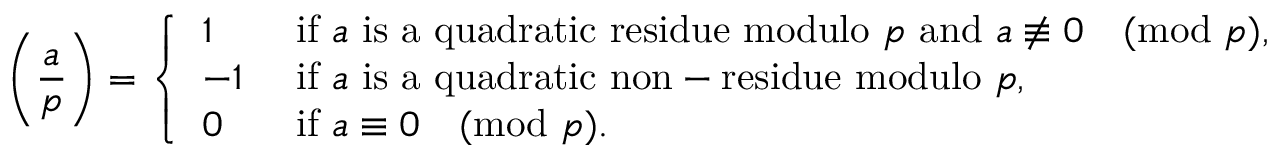
\left( { \frac { a } { p } } \right) = { \left\{ \begin{array} { l l } { 1 } & { { \mathrm { ~ i f ~ } } a { \mathrm { ~ i s ~ a ~ q u a d r a t i c ~ r e s i d u e ~ m o d u l o ~ } } p { \mathrm { ~ a n d ~ } } a \not \equiv 0 { \pmod { p } } , } \\ { - 1 } & { { \mathrm { ~ i f ~ } } a { \mathrm { ~ i s ~ a ~ q u a d r a t i c ~ n o n - r e s i d u e ~ m o d u l o ~ } } p , } \\ { 0 } & { { \mathrm { ~ i f ~ } } a \equiv 0 { \pmod { p } } . } \end{array} \right. }